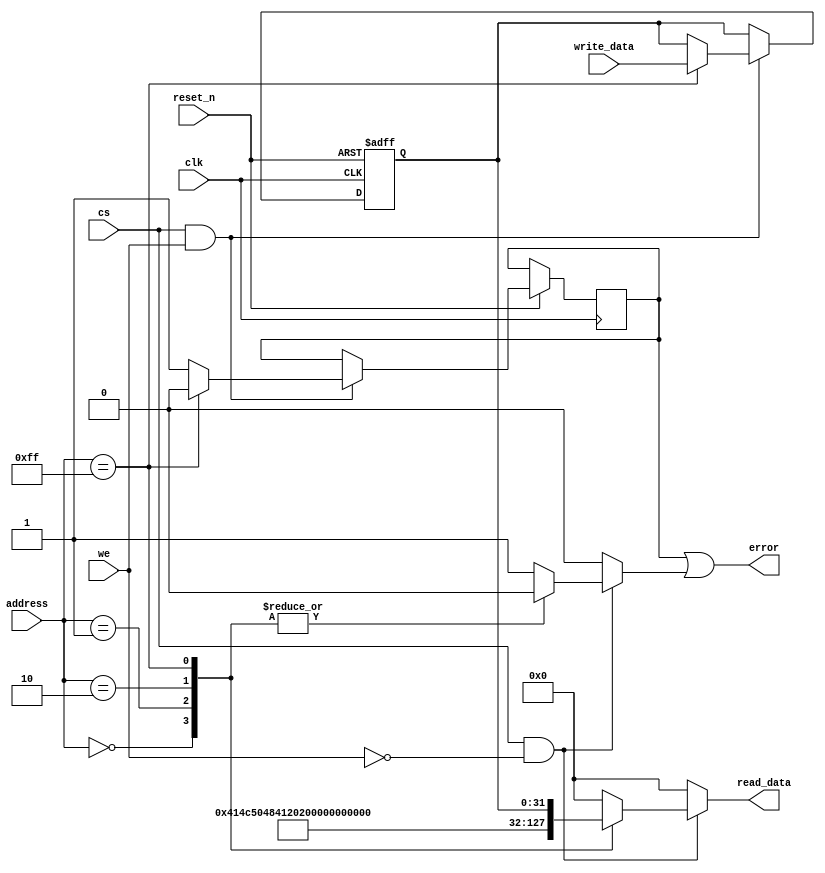
//======================================================================
//
// alpha_regs.v
// -------------
// Global registers for the Cryptech Alpha FPGA framework.
//
//
// Copyright (c) 2015, NORDUnet A/S All rights reserved.
//
// Redistribution and use in source and binary forms, with or without
// modification, are permitted provided that the following conditions
// are met:
// - Redistributions of source code must retain the above copyright
//   notice, this list of conditions and the following disclaimer.
//
// - Redistributions in binary form must reproduce the above copyright
//   notice, this list of conditions and the following disclaimer in the
//   documentation and/or other materials provided with the distribution.
//
// - Neither the name of the NORDUnet nor the names of its contributors may
//   be used to endorse or promote products derived from this software
//   without specific prior written permission.
//
// THIS SOFTWARE IS PROVIDED BY THE COPYRIGHT HOLDERS AND CONTRIBUTORS "AS
// IS" AND ANY EXPRESS OR IMPLIED WARRANTIES, INCLUDING, BUT NOT LIMITED
// TO, THE IMPLIED WARRANTIES OF MERCHANTABILITY AND FITNESS FOR A
// PARTICULAR PURPOSE ARE DISCLAIMED. IN NO EVENT SHALL THE COPYRIGHT
// HOLDER OR CONTRIBUTORS BE LIABLE FOR ANY DIRECT, INDIRECT, INCIDENTAL,
// SPECIAL, EXEMPLARY, OR CONSEQUENTIAL DAMAGES (INCLUDING, BUT NOT LIMITED
// TO, PROCUREMENT OF SUBSTITUTE GOODS OR SERVICES; LOSS OF USE, DATA, OR
// PROFITS; OR BUSINESS INTERRUPTION) HOWEVER CAUSED AND ON ANY THEORY OF
// LIABILITY, WHETHER IN CONTRACT, STRICT LIABILITY, OR TORT (INCLUDING
// NEGLIGENCE OR OTHERWISE) ARISING IN ANY WAY OUT OF THE USE OF THIS
// SOFTWARE, EVEN IF ADVISED OF THE POSSIBILITY OF SUCH DAMAGE.
//
//======================================================================

`timescale 1ns / 1ps

module board_regs
  (
   // Clock and reset.
   input wire           clk,
   input wire           reset_n,

   // Control.
   input wire           cs,
   input wire           we,

   // Data ports.
   input wire [7 : 0]   address,
   input wire [31 : 0]  write_data,
   output wire [31 : 0] read_data,
   output wire          error
   );


   //----------------------------------------------------------------
   // Internal constant and parameter definitions.
   //----------------------------------------------------------------
   // API addresses.
   localparam ADDR_CORE_NAME0   = 8'h00;
   localparam ADDR_CORE_NAME1   = 8'h01;
   localparam ADDR_CORE_VERSION = 8'h02;
   localparam ADDR_DUMMY_REG    = 8'hFF;    // general-purpose register

   // Core ID constants.
   localparam CORE_NAME0   = 32'h414c5048;  // "ALPH"
   localparam CORE_NAME1   = 32'h41202020;  // "A   "
   localparam CORE_VERSION = 32'h302e3130;  // "0.10"



   //----------------------------------------------------------------
   // Registers.
   //----------------------------------------------------------------
   reg [31: 0]          tmp_read_data;
   reg                  write_error;
   reg                  read_error;

   // dummy register to check that you can actually write something
   reg [31: 0]          reg_dummy;

   //----------------------------------------------------------------
   // Wires.
   //----------------------------------------------------------------
   wire [31 : 0]               core_name0   = CORE_NAME0;
   wire [31 : 0]               core_name1   = CORE_NAME1;
   wire [31 : 0]               core_version = CORE_VERSION;

   //----------------------------------------------------------------
   // Concurrent connectivity for ports etc.
   //----------------------------------------------------------------
   assign read_data = tmp_read_data;
   assign error     = write_error | read_error;

   //----------------------------------------------------------------
   // storage registers for mapping memory to core interface
   //----------------------------------------------------------------
   always @ (posedge clk or negedge reset_n)
     begin
        if (!reset_n)
          begin
             reg_dummy <= {32{1'b0}};
          end
        else if (cs && we)
          begin
             write_error <= 0;

             // write operations
             case (address)
               ADDR_DUMMY_REG:
                 reg_dummy <= write_data;
               default:
                 write_error <= 1;
             endcase
          end
     end

   always @*
     begin
        tmp_read_data = 32'h00000000;
        read_error    = 0;

        if (cs && !we)
          begin
             // read operations
             case (address)
               ADDR_CORE_NAME0:
                 tmp_read_data = core_name0;
               ADDR_CORE_NAME1:
                 tmp_read_data = core_name1;
               ADDR_CORE_VERSION:
                 tmp_read_data = core_version;
               ADDR_DUMMY_REG:
                 tmp_read_data = reg_dummy;
               default:
                 read_error = 1;
             endcase
          end
     end

endmodule

//======================================================================
// EOF alpha_regs.v
//======================================================================